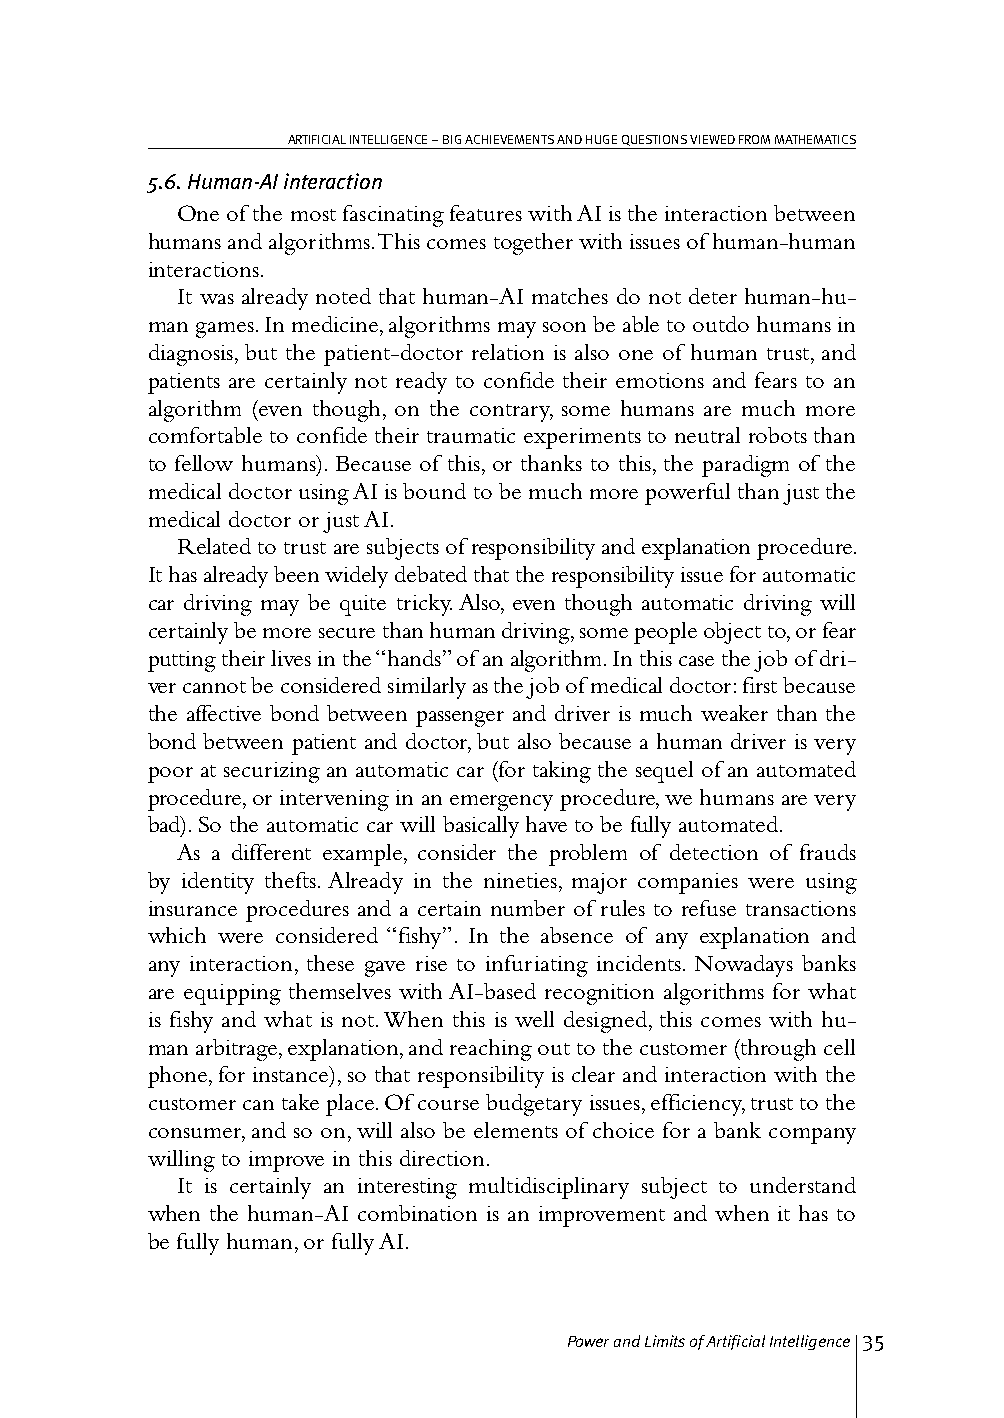
ARTIFICIAL INTELLIGENCE – BIG ACHIEVEMENTS AND HUGE QUESTIONS VIEWED FROM MATHEMATICS
 5.6. Human-AI interaction
 One of the most fascinating features with AI is the interaction between
 humans and algorithms. This comes together with issues of human-human
 interactions.
 It was already noted that human-AI matches do not deter human-hu-
 man games. In medicine, algorithms may soon be able to outdo humans in
 diagnosis, but the patient-doctor relation is also one of human trust, and
 patients are certainly not ready to confide their emotions and fears to an
 algorithm (even though, on the contrary, some humans are much more
 comfortable to confide their traumatic experiments to neutral robots than
 to fellow humans). Because of this, or thanks to this, the paradigm of the
 medical doctor using AI is bound to be much more powerful than just the
 medical doctor or just AI.
 Related to trust are subjects of responsibility and explanation procedure.
 It has already been widely debated that the responsibility issue for automatic
 car driving may be quite tricky. Also, even though automatic driving will
 certainly be more secure than human driving, some people object to, or fear
 putting their lives in the “hands” of an algorithm. In this case the job of dri-
 ver cannot be considered similarly as the job of medical doctor: first because
 the affective bond between passenger and driver is much weaker than the
 bond between patient and doctor, but also because a human driver is very
 poor at securizing an automatic car (for taking the sequel of an automated
 procedure, or intervening in an emergency procedure, we humans are very
 bad). So the automatic car will basically have to be fully automated.
 As a different example, consider the problem of detection of frauds
 by identity thefts. Already in the nineties, major companies were using
 insurance procedures and a certain number of rules to refuse transactions
 which were considered “fishy”. In the absence of any explanation and
 any interaction, these gave rise to infuriating incidents. Nowadays banks
 are equipping themselves with AI-based recognition algorithms for what
 is fishy and what is not. When this is well designed, this comes with hu-
 man arbitrage, explanation, and reaching out to the customer (through cell
 phone, for instance), so that responsibility is clear and interaction with the
 customer can take place. Of course budgetary issues, efficiency, trust to the
 consumer, and so on, will also be elements of choice for a bank company
 willing to improve in this direction.
 It is certainly an interesting multidisciplinary subject to understand
 when the human-AI combination is an improvement and when it has to
 be fully human, or fully AI.
 Power and Limits of Artificial Intelligence 35